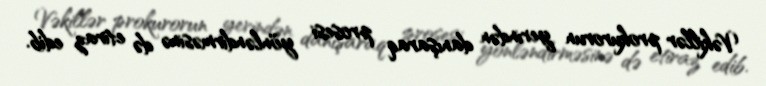
Vəkillər prokurorun yerindən danışaraq prosesi yönləndirməsinə də etiraz edib.